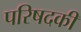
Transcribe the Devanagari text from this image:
परिषदकी